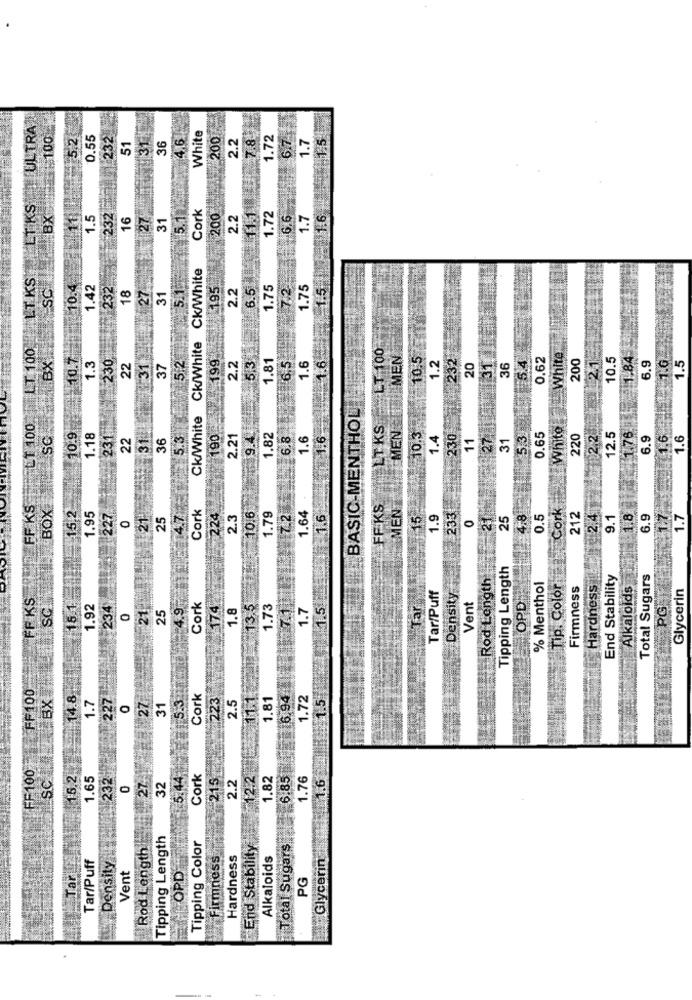
7.8
TULTRA
200
100
0.55
232
36
4.6
White
2.2
1.72
6.7
1.7
.1 5
5.2
51
LT KS
232
Cork
11.1
3X
1.5
16
275
31
5.1
200
2.2
1.72
6.6
1.7
1.6
Ck/White Ck/White Ck/White
LT.KS
SC
10.4
1.42
232
18
27
195
2.2
6.5
1.75
1.75
1.5
31
LT 100
LT 100
BX.
10.7
1.3
5.3
1.81
6.5
1.6
1.6
MEN TEILMEN
1.2
0.62
White
200
10.5
1.84
1.5
230
22
31
37
5.2
199
2.2
10.5
232
20
31
36
5.4
6.9
BASIC-MENTHOUT
FL1 100
SC
10.9
6.8
:1.6
LTKS
White
1.18
231
22
36
5.3
190
2.21
9.4.
1.82
1.6
10.3
1.4
230
11
27
31
5.3
0.65
220
2.2
12.5
1.76
6.9
1.6
1.6
31
FF KS
BOX
7.2
FF KS
MENT
Cork
15,2
1.95
227
21
25
4.7
Cork
224
2.3
10.6
1.79
1.64
.1.6
15
1.9
233
0.
25
4.8
0.5
212
2.4
9.1
1.8
6.9
1.7
1.7
Tipping Length
Rod Length
End Stability
Total Sugars
Tar/Puff
% Menthol
Tip. Color
Firmness
Hardness
Alkaloids
Glycerin
FF KS
Density
OPD
SC
15.1.
1.92
234
21
25
4.9
Cork
174
1.8
13.51
1.73
7.1
1.7
1.5
Tar
Vent
PG
0
FF100
14.8
1.7
227
15.3
Cork
223
2.5
11.1
1.81
6.94
1.72
1.5
#BX
27
31
LSC LE
FF 100
15.2
1.65
232
5.44
Cork
215
12.2
1.82
6.85
1.76
1.6
0
27
32
2.2
Rod Length
Tipping Length
Tipping Color
End Stability
Total Sugars
Tar/Puff
Density
Firmness
Hardness
Alkaloids
Glycerin
Tar
Vent
OPD
PG